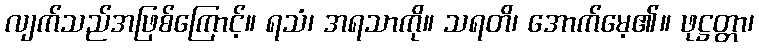
လျက်သည်အဖြစ်ကြောင့်။ ရသံ၊ အရသာကို။ သရတိ၊ အောက်မေ့၏။ ဖုဋ္ဌတ္တာ၊